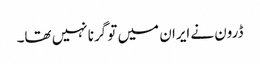
ڈرون نے ایران میں تو گرنا نہیں تھا۔